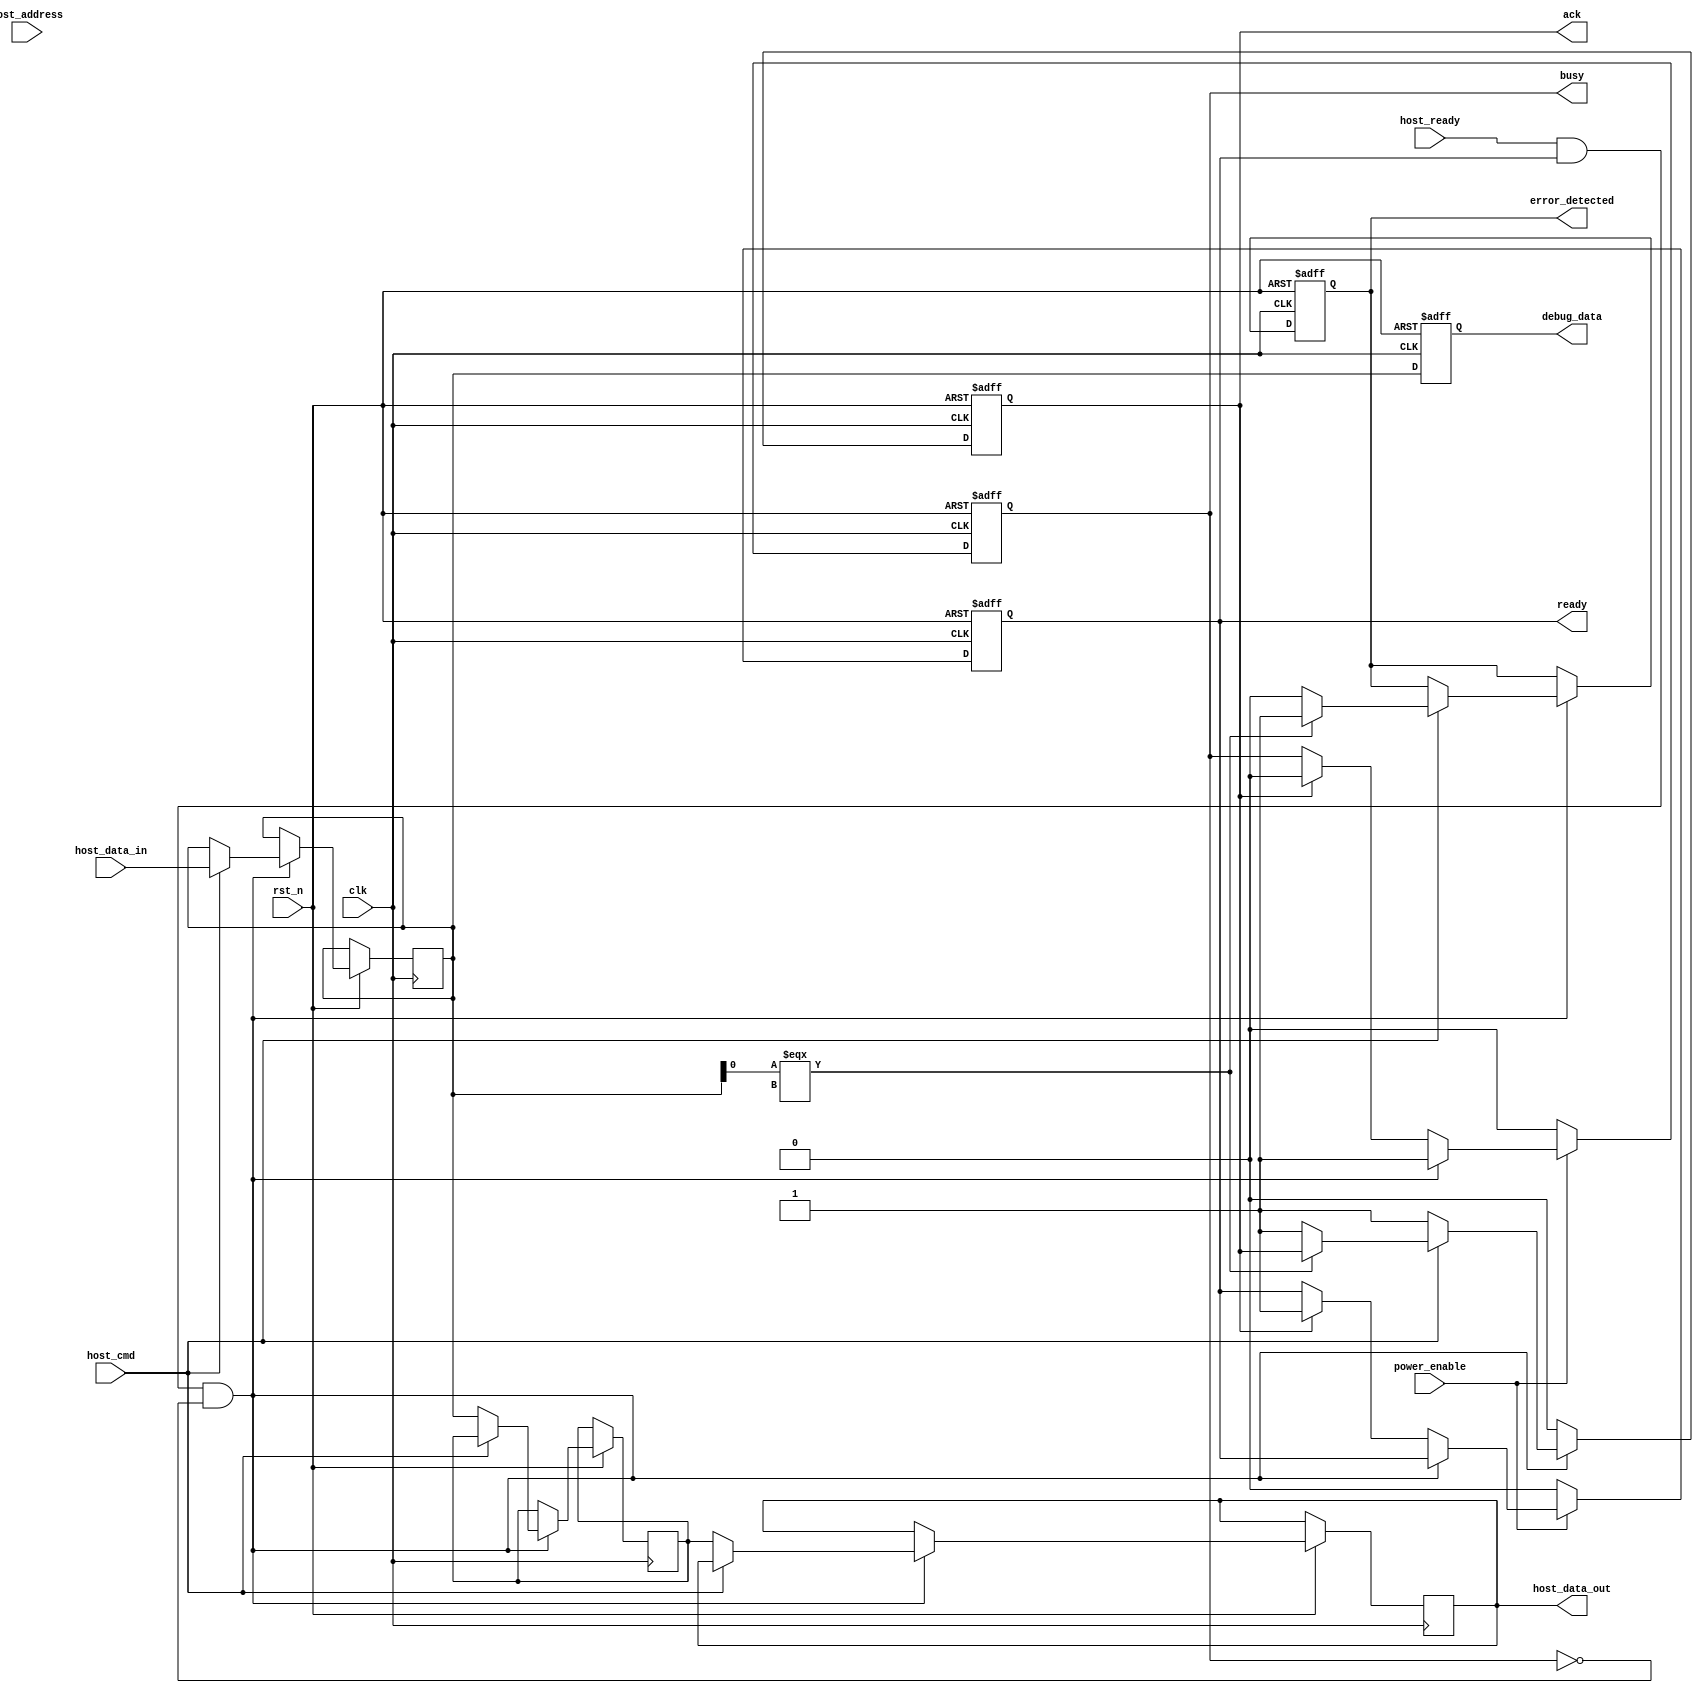
module ssd_io_block #(parameter DATA_WIDTH = 32, ADDRESS_WIDTH = 8)(
    input wire clk,
    input wire rst_n,
    
    // Host Interface
    input wire [DATA_WIDTH-1:0] host_data_in,
    output reg [DATA_WIDTH-1:0] host_data_out,
    input wire host_cmd, // Command (e.g., read/write)
    input wire [ADDRESS_WIDTH-1:0] host_address,
    input wire host_ready, // Host is ready to send/receive
    
    // SSD Internal Signals
    output reg busy,
    output reg ready,
    output reg ack,
    
    // Error detection and power management signals
    output reg error_detected,
    input wire power_enable,
    
    // Debug signals
    output reg [DATA_WIDTH-1:0] debug_data
);

// Internal signals
reg [DATA_WIDTH-1:0] input_buffer;
reg [DATA_WIDTH-1:0] output_buffer;

// Address decoding logic (simplified)
always @(posedge clk or negedge rst_n) begin
    if (!rst_n) begin
        busy <= 0;
        ready <= 1;
        ack <= 0;
        error_detected <= 0;
        debug_data <= 0;
    end else begin
        if (host_ready && ready && !busy) begin
            busy <= 1;
            // Simulate command processing
            if (host_cmd) begin // if command is for writing
                input_buffer <= host_data_in; // Store incoming data
                // Simulate error detection
                if (input_buffer[0] === 1'bx) begin
                    error_detected <= 1;
                end else begin
                    error_detected <= 0;
                    // Process write operation
                    // For simulation, we just acknowledge it
                    ack <= 1;
                end
            end else begin // if command is for reading
                output_buffer <= input_buffer; // Read from the buffer
                host_data_out <= output_buffer; // Send data to host
                ack <= 1;
            end
        end else if (ack) begin
            ack <= 0; // Reset Acknowledge signal once processed
            busy <= 0; // Processing complete
            ready <= 1; // Ready for next command
        end
        
        // Simulate power management
        if (!power_enable) begin
            busy <= 0; // Reset busy state if power is disabled
            ready <= 0; // Not ready
        end

        // Debugging output
        debug_data <= input_buffer; // Provide debug info
    end
end

endmodule